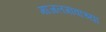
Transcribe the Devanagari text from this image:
माजलगावाच्या